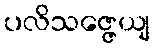
ပလိသဇ္ဇေယျ